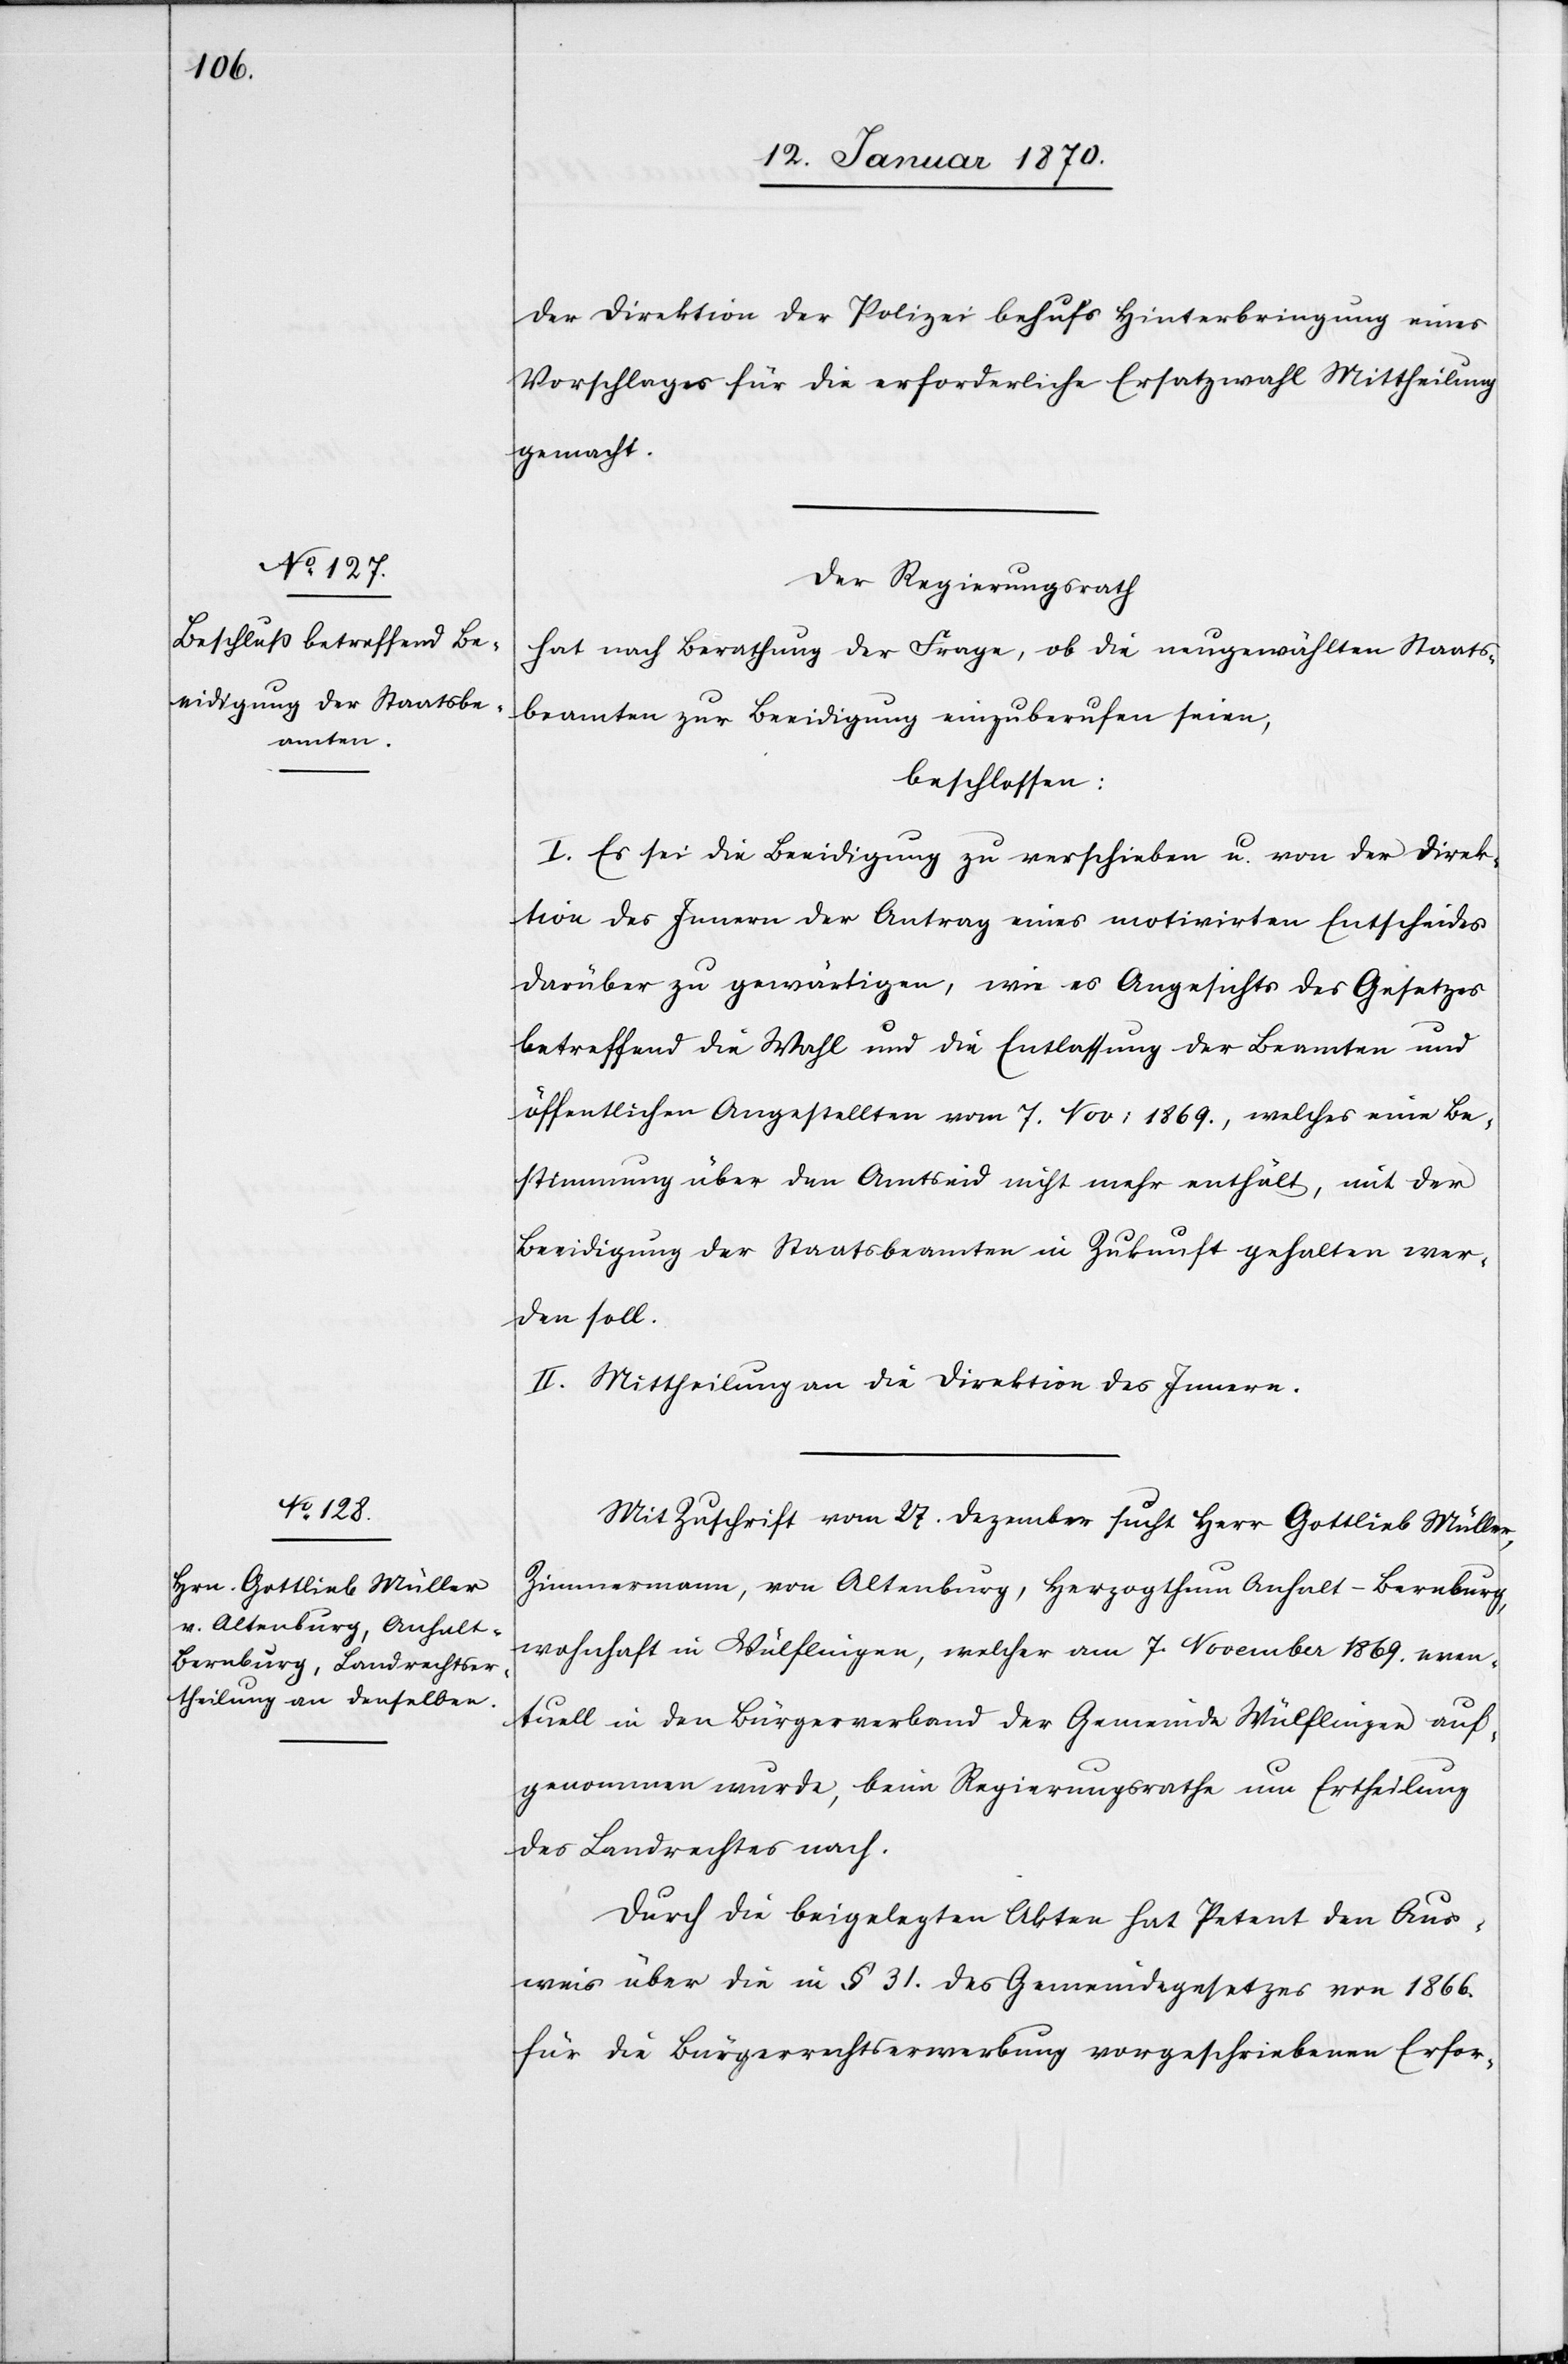
der Direktion der Polizei behufs Hinterbringung eines
Vorschlages für die erforderliche Ersatzwahl Mittheilung
gemacht.
Der Regierungsrath
hat nach Berathung der Frage, ob die neugewählten Staats¬
beamten zur Beeidigung einzuberufen seien
beschlossen:
I. Es sei die Beeidigung zu verschieben u. von der Direk¬
tion des Innern der Antrag eines motivirten Entscheides
darüber zu gewärtigen, wie es Angesichts des Gesetzes
betreffend die Wahl und die Entlassung der Beamten und
öffentlichen Angestellten vom 7. Nov: 1869., welches eine Be¬
stimmung über den Amtseid nicht mehr enthält, mit der
Beeidigung der Staatsbeamten in Zukunft gehalten wer¬
den soll.
II. Mittheilung an die Direktion des Innern.
Mit Zuschrift vom 27. Dezember sucht Herr Gottlieb Müller,
Zimmermann, von Altenburg, Herzogthum Anhalt-Bernburg,
wohnhaft in Wülflingen, welcher am 7. November 1869. even¬
tuell in den Bürgerverband der Gemeinde Wülflingen auf¬
genommen wurde, beim Regierungsrathe um Ertheilung
des Landrechtes nach.
Durch die beigelegten Akten hat Petent den Aus¬
weis über die in § 31. des Gemeindegesetzes von 1866.
für die Bürgerrechtserwerbung vorgeschriebenen Erfor-